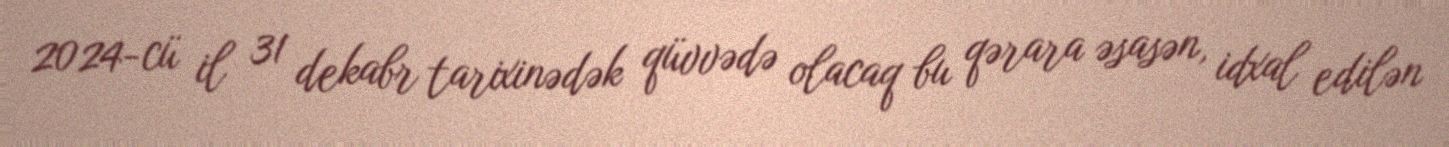
2024-cü il 31 dekabr tarixinədək qüvvədə olacaq bu qərara əsasən, idxal edilən